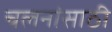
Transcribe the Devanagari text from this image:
चलनांसाठी